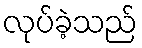
လုပ်ခဲ့သည်